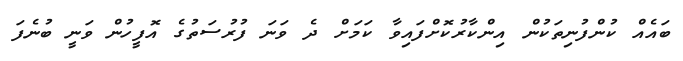
ބައެއް ކުންފުނިތަކުން އިންކާރުކޮށްފައިވާ ކަމަށް ދެ ވަނަ ފުރުސަތުގެ އޮފީހުން ވަނީ ބުނެފަ